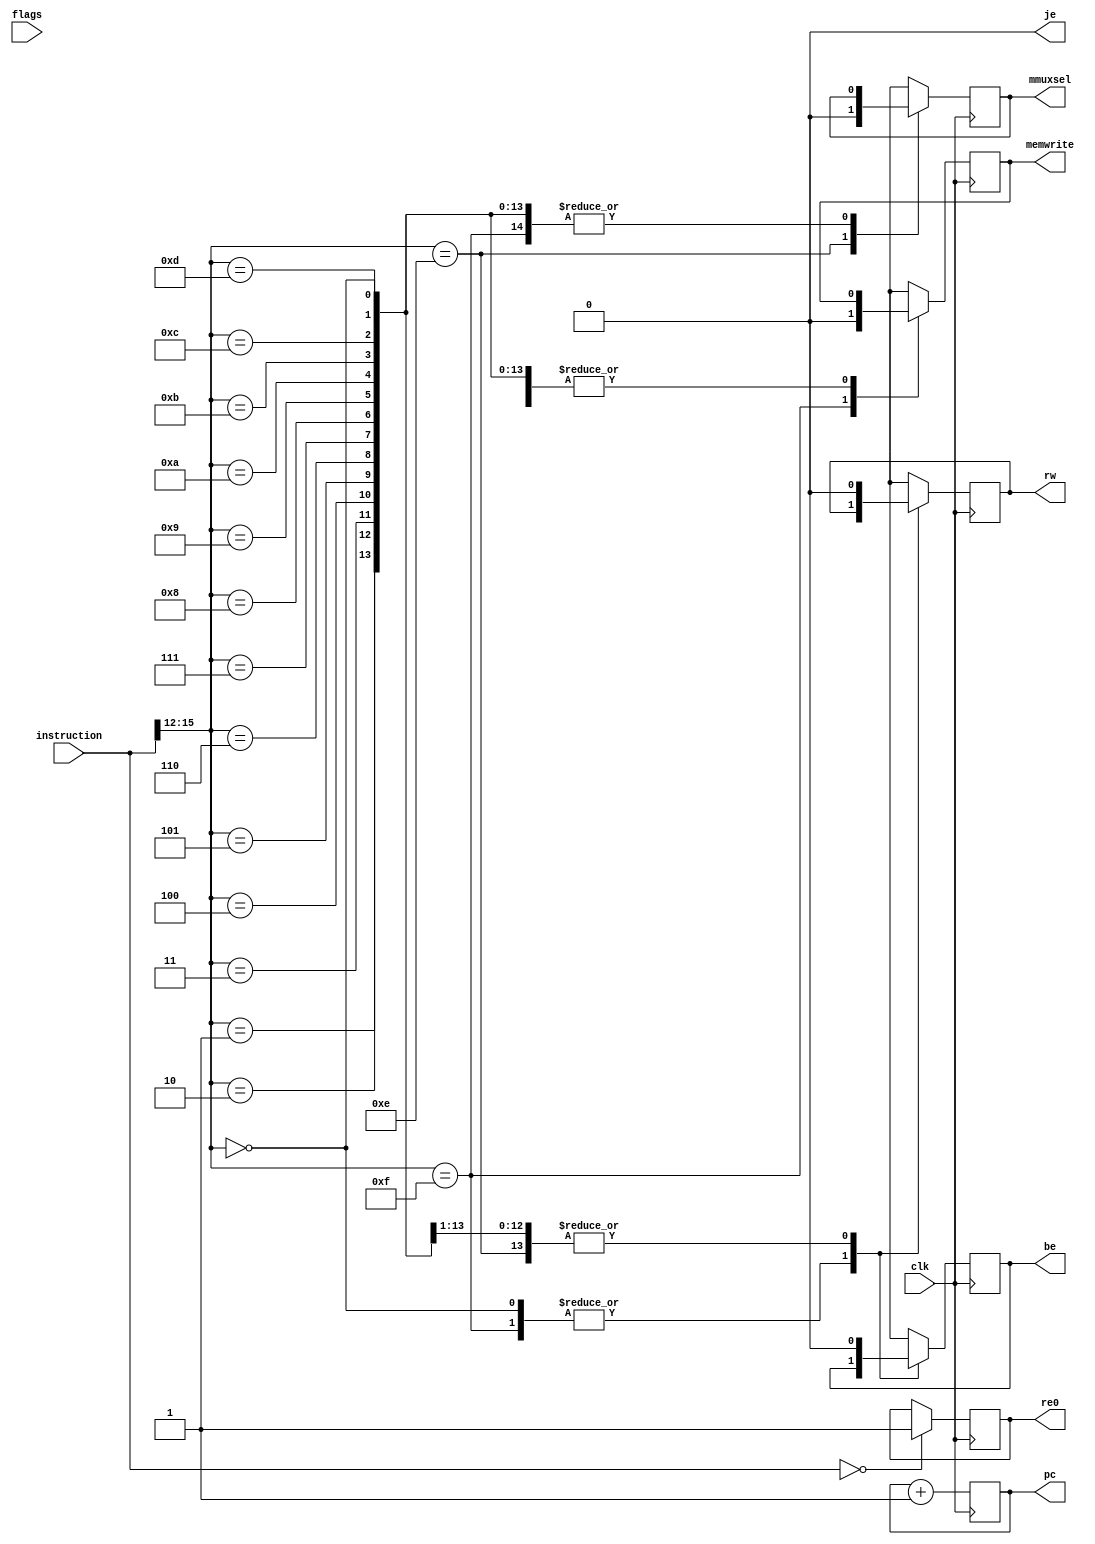


module controller(
    input clk,
    input [15:0] instruction,
    input [1:0] flags,
    output wire [7:0] pc,
    output wire be, rw, mmuxsel, je, re0, memwrite
);

reg bufenable, regwrite, muxsel, jumpenable, ret0, writetomem;
reg [7:0] programcounter;

initial begin
    regwrite = 0;
    jumpenable = 0;
    muxsel = 0;
    writetomem = 0;
    ret0 = 0;
    bufenable = 0;
    programcounter = -1;
    #10;
end

always @(posedge clk ) begin

    if (instruction == 16'b0000000000000000) begin
        ret0 = 1;
    end
   case(instruction[15:12]) 
   4'b0000 : begin 
       case(instruction[11:9])
       3'b001 : jumpenable = 1;
       3'b010 : begin
           if(flags[1]==0) begin
               jumpenable = 1;
           end else begin
               jumpenable = 0;
           end
       end
       3'b011 : begin
           if(flags[1]==1) begin
               jumpenable = 1;
           end else begin
               jumpenable = 0;
           end
       end
       3'b100: begin 
           if(flags[0] == 0) begin
               jumpenable = 1;
           end else begin
               jumpenable = 1;
           end
       end
       3'b101: begin
           if(flags[0] == 1) begin
               jumpenable = 1;
           end else begin
               jumpenable = 1;
           end
       end
       endcase
   end
   4'b1110 : begin 
       muxsel <= 1;
       #2;
       bufenable <= 1;
       #2;
       regwrite <= 1;
       #2;
       regwrite = 0;
       bufenable = 0;
       muxsel = 0;
   end
   4'b1111 : begin
       writetomem = 1;
       #2;
       writetomem = 0;
   end
   4'b0001 : begin
       bufenable =  1;
       #2;
       regwrite = 1;
       #2;
       regwrite = 0;
       bufenable = 0;
   end
   4'b0010 : begin
       bufenable =  1;
       #2;
       regwrite = 1;
       #2;
       regwrite = 0;
       bufenable = 0;
   end
   4'b0011 : begin
       bufenable =  1;
       #2;
       regwrite = 1;
       #2;
       regwrite = 0;
       bufenable = 0;
   end
   4'b0100 : begin
       bufenable =  1;
       #2;
       regwrite = 1;
       #2;
       regwrite = 0;
       bufenable = 0;
   end
   4'b0101 : begin
       bufenable =  1;
       #2;
       regwrite = 1;
       #2;
       regwrite = 0;
       bufenable = 0;
   end
   4'b0110 : begin
       bufenable =  1;
       #2;
       regwrite = 1;
       #2;
       regwrite = 0;
       bufenable = 0;
   end
   4'b0111 : begin
       bufenable =  1;
       #2;
       regwrite = 1;
       #2;
       regwrite = 0;
       bufenable = 0;
   end
   4'b1000 : begin
       bufenable =  1;
       #2;
       regwrite = 1;
       #2;
       regwrite = 0;
       bufenable = 0;
   end
   4'b1001 : begin
       bufenable =  1;
       #2;
       regwrite = 1;
       #2;
       regwrite = 0;
       bufenable = 0;
   end
   4'b1010 : begin
       bufenable =  1;
       #2;
       regwrite = 1;
       #2;
       regwrite = 0;
       bufenable = 0;
   end
   4'b1011 : begin
       bufenable =  1;
       #2;
       regwrite = 1;
       #2;
       regwrite = 0;
       bufenable = 0;
   end
   4'b1100 : begin
       bufenable =  1;
       #2;
       regwrite = 1;
       #2;
       regwrite = 0;
       bufenable = 0;
   end
   4'b1101 : begin
       bufenable =  1;
       #2;
       regwrite = 1;
       #2;
       regwrite = 0;
       bufenable = 0;
   end
//    4'b1110 : begin
//        bufenable =  1;
//        #2;
//        regwrite = 1;
//        #2;
//        regwrite = 0;
//        bufenable = 0;
//    end
//    4'b1111 : begin
//        bufenable =  1;
//        #2;
//        regwrite = 1;
//        #2;
//        regwrite = 0;
//        bufenable = 0;
//    end
   default : begin
       bufenable  = 0;
       regwrite = 0;
   end
endcase
end

always @(posedge clk ) begin
  if( jumpenable == 1) begin
        programcounter = instruction[7:0];
        jumpenable = 0;
    end else if(jumpenable == 0) begin
        programcounter = programcounter + 1;
    end

    #20;
end

assign be = bufenable;
assign rw = regwrite;
assign mmuxsel = muxsel;
assign je = jumpenable;
assign re0 = ret0;
assign memwrite = writetomem;
assign pc = programcounter;


endmodule